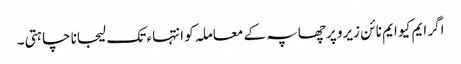
اگر ایم کیو ایم نا ئن زیرو پر چھاپہ کے معاملہ کو انتہاء تک لیجانا چاہتی۔